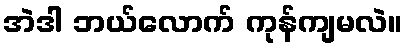
အဲဒါ ဘယ်လောက် ကုန်ကျမလဲ။